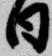
日